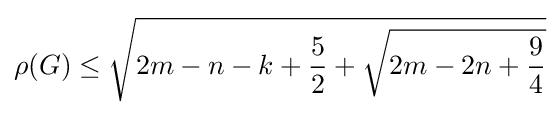
\rho (G)\leq {\sqrt {2m-n-k+{\frac {5}{2}}+{\sqrt {2m-2n+{\frac {9}{4}}}}}}